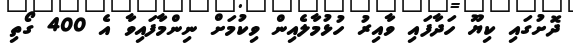
ދޮށުގައި ކިޔޫ ހަދާފައި ވާއިރު ހުޅުމާލެއިން ވިކުމަށް ނިންމާފައިވާ އެ 400 ގޯތި